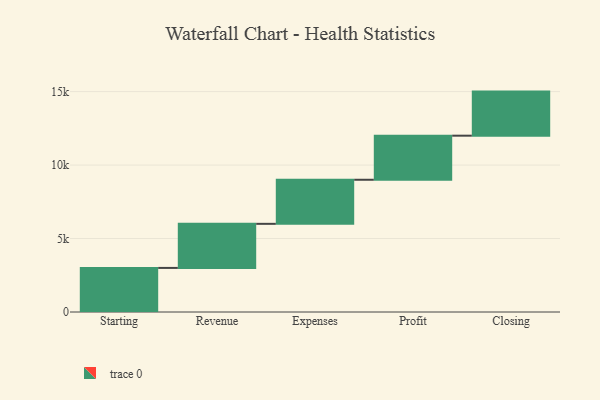
{"axis": {"x": "Step", "y": "Value"}, "legend": [""], "data": [{"x": "Starting", "y": 3000, "type": ""}, {"x": "Revenue", "y": 3000, "type": ""}, {"x": "Expenses", "y": 3000, "type": ""}, {"x": "Profit", "y": 3000, "type": ""}, {"x": "Closing", "y": 3000, "type": ""}]}